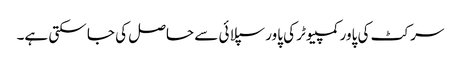
سرکٹ کی پاور کمپیوٹر کی پاور سپلائی سے حاصل کی جا سکتی ہے۔